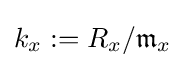
k_{x}:=R_{x}/{\mathfrak {m}}_{x}